Studies on the mouth parts a Comparative anatomy of the proboscis in the blood-sucking muscidae - Number 60
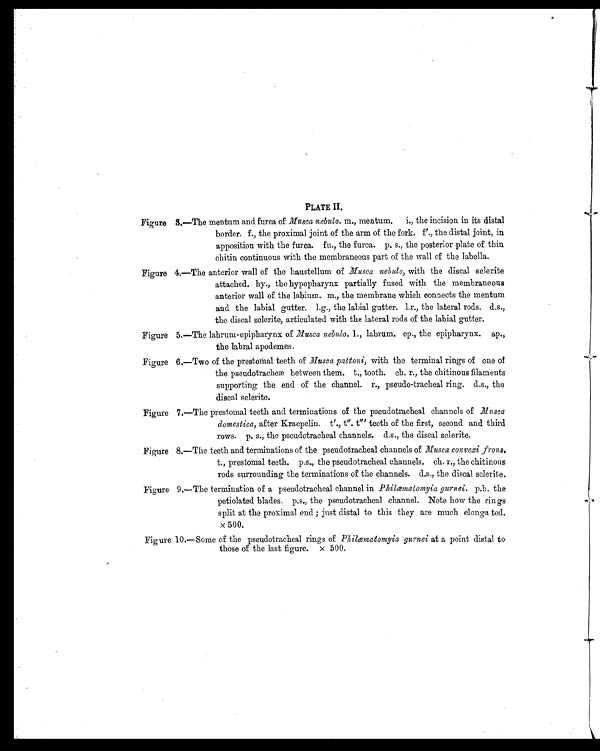
PLATE II.
Figure 3.—The mentum and furca of Musca nebulo. m., mentum. i., the incision in its distal
border. f., the proximal joint of the arm of the fork. f'., the distal joint, in
apposition with the furca. fu., the furca. p. s., the posterior plate of thin
chitin continuous with the membraneous part of the wall of the labella.
Figure 4.—The anterior wall of the haustellum of Musca nebulo, with the discal sclerite
attached. hy., the hypopharynx partially fused with the membraneous
anterior wall of the labium. m., the membrane which connects the mentum
and the labial gutter. l.g., the labial gutter. l.r., the lateral rods. d.s.,
the discal sclerite, articulated with the lateral rods of the labial gutter.
Figure 5.—The labrum-epipharynx of Musca nebulo. 1. , l abrum. ep., the epipharynx. ap.,
the labral apodemes.
Figure 6.—Two of the prestomal teeth of Musca pattoni, with the terminal rings of one of
the pseudotracheæ between them. t., tooth. ch. r., the chitinous filaments
supporting the end of the channel. r., pseudo-tracheal ring. d.s., the
discal sclerite.
Figure 7.—The prestomal teeth and terminations of the pseudotracheal channels of Musca
domestica, after Kraepelin. t'., t". t"' teeth of the first, second and third
rows. p. s., the pseudotracheal channels. d.s., the discal sclerite.
Figure 8.—The teeth and terminations of the pseudotracheal channels of Musca convexi frons
. t., prestomal teeth. p.s., the pseudotracheal channels. ch. r., the chitinous
rods surrounding the terminations of the channels. d.s., the discal sclerite.
Figure 9.—The termination of a pseudotracheal channel in Philæmatomyia gurnei. p.b. the
petiolated blades. p.s., the pseudotracheal channel. Note how the rin
gs split at the proximal end; just distal to this they are much elongated.
x 500.
Figure 10.—Some of the pseudotracheal rings of Philæmatomyia gurnei at a point distal to
those of the last figure. x 500.